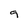
Character: 9